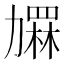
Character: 𱐶